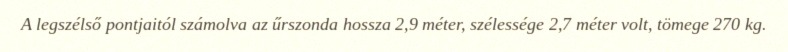
A legszélső pontjaitól számolva az űrszonda hossza 2,9 méter, szélessége 2,7 méter volt, tömege 270 kg.